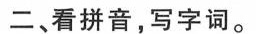
二、看拼音，写字词。